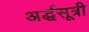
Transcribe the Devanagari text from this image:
अर्द्धसूत्री